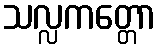
သလ္လကတ္တော